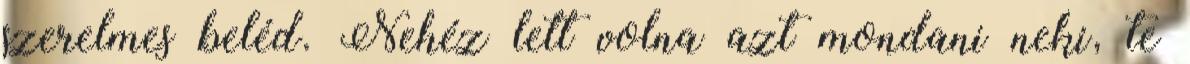
szerelmes beléd. Nehéz lett volna azt mondani neki, te